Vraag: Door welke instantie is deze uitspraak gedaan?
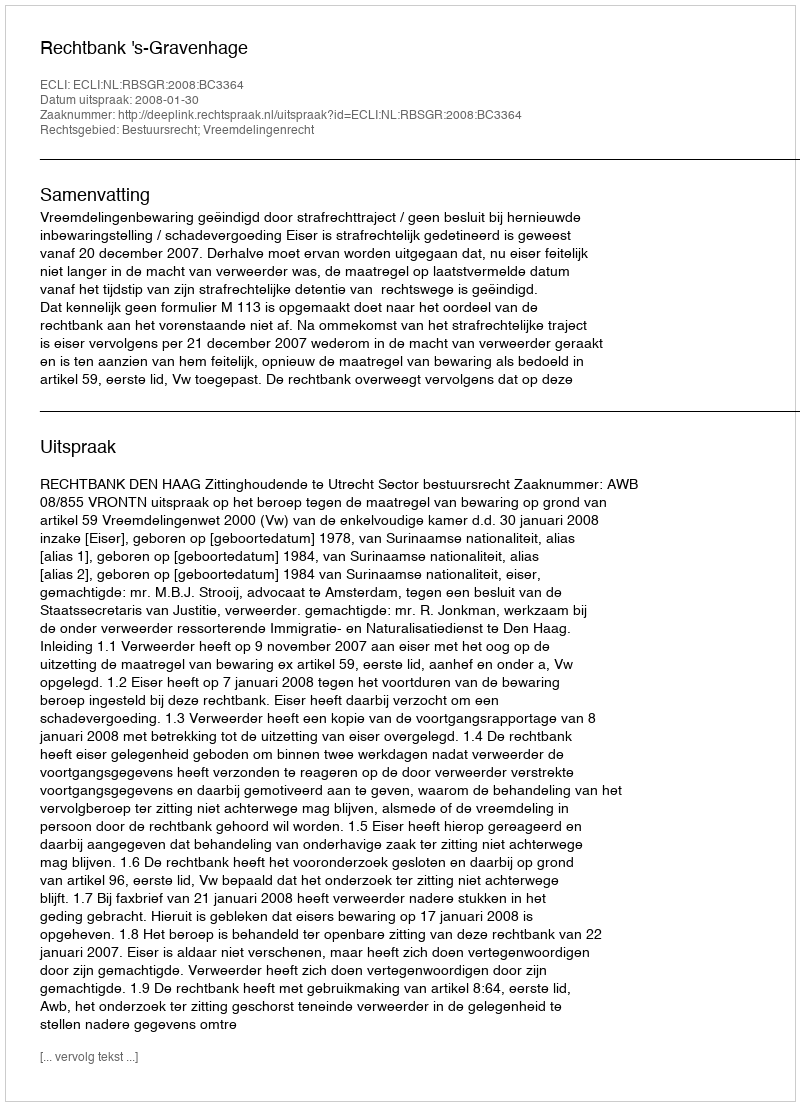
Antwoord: Rechtbank 's-Gravenhage